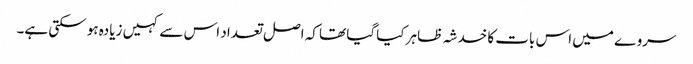
سروے میں اس بات کا خدشہ ظاہر کیا گیا تھا کہ اصل تعداد اس سے کہیں زیادہ ہو سکتی ہے۔